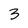
Character: 3